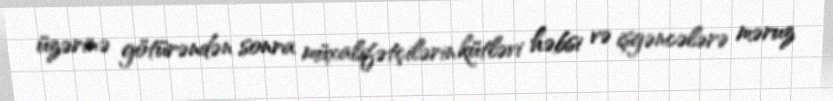
üzərinə götürəndən sonra müxalifətçilərin kütləvi həbsi və işgəncələrə məruz